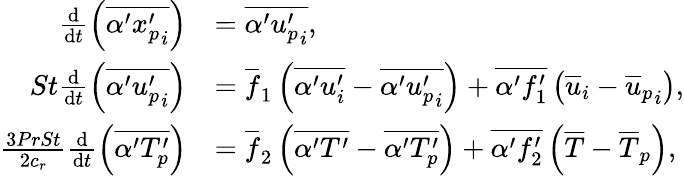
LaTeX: \begin{array}{rl}{\frac{\mathrm{d}}{\mathrm{d}t}\left(\overline{{\alpha^{\prime}{x_{p}^{\prime}}_{i}}}\right)}&{=\overline{{\alpha^{\prime}{u_{p}^{\prime}}_{i}}},}\\ {St\frac{\mathrm{d}}{\mathrm{d}t}\left(\overline{{\alpha^{\prime}{u_{p}^{\prime}}_{i}}}\right)}&{=\overline{{f}}_{1}\left(\overline{{\alpha^{\prime}u_{i}^{\prime}}}-\overline{{\alpha^{\prime}{u_{p}^{\prime}}_{i}}}\right)+\overline{{\alpha^{\prime}f_{1}^{\prime}}}\left(\overline{{u}}_{i}-{\overline{{u}}_{p}}_{i}\right),}\\ {\frac{3PrSt}{2c_{r}}\frac{\mathrm{d}}{\mathrm{d}t}\left(\overline{{\alpha^{\prime}{T_{p}^{\prime}}}}\right)}&{=\overline{{f}}_{2}\left(\overline{{\alpha^{\prime}T^{\prime}}}-\overline{{\alpha^{\prime}{T_{p}^{\prime}}}}\right)+\overline{{\alpha^{\prime}f_{2}^{\prime}}}\left(\overline{{T}}-{\overline{{T}}_{p}}\right),}\end{array}